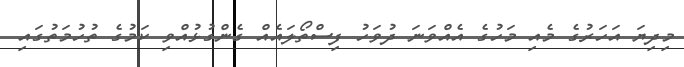
މިދިޔަ އަހަރުގެ މެއި މަހުގެ އެއްވަނަ ދުވަހު ފިސްތޯލައެއް ގެންގުޅުއްވި ކަމުގެ ތުހުމަތުގައި